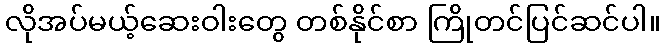
လိုအပ်မယ့်ဆေးဝါးတွေ တစ်နိုင်စာ ကြိုတင်ပြင်ဆင်ပါ။